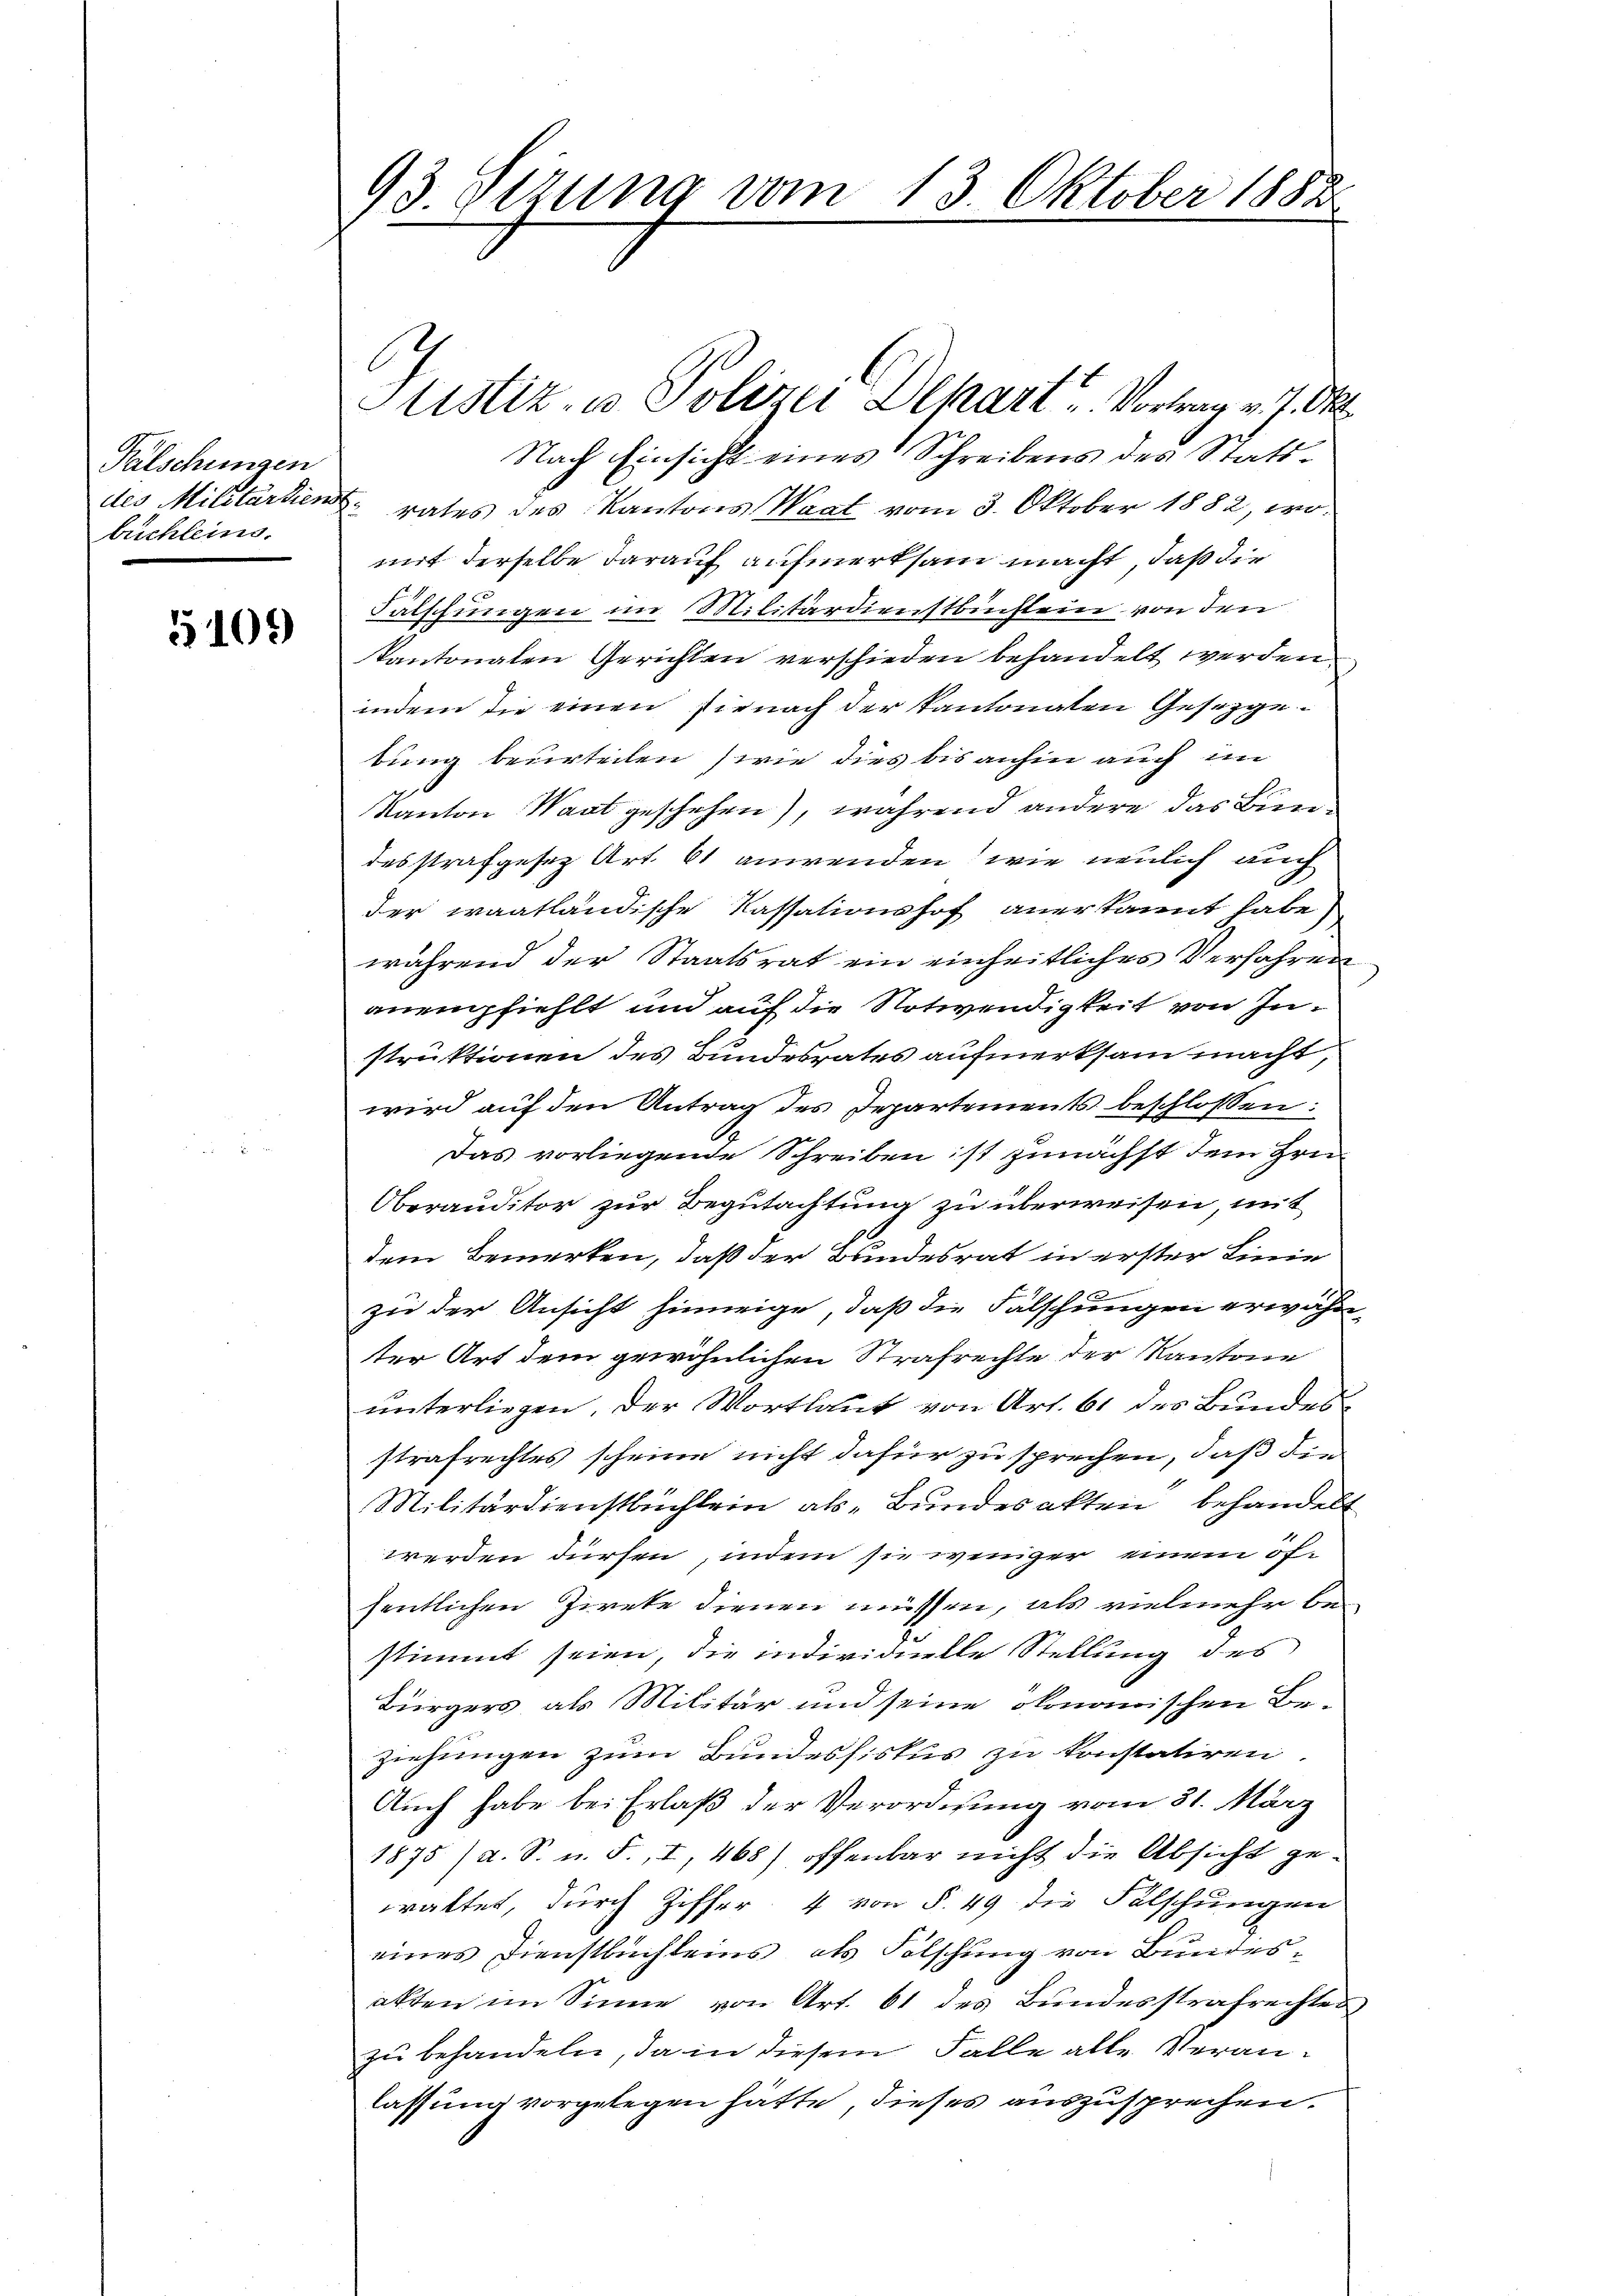
Falschungen
des Militärdiens
buchleins.

5109

93 Jezung vom 13. Oktober 1882

Nach Einsicht eines Schreibens des Statt¬
. rates des Kantons Waat vom 3. Oktober 1882, womit derselbe darauf aufmerksam macht, daß die
Falschungen im Militärdienstbuchlein von den
kantonalen Gerichten verschieden behandelt werden.
indem die einen sienach der Kantonaten Gesetzgebung beurteilen wie dies bis anhin auch im
Kanton Wart geschehen), während andere das Bundesstrafgesetz Art. 61 anwenden, wie neulich auch
der waatländische Kassationshof anerkannt habe
während der Staatsrat ein einheitliches Verfahren
anempfiehlt und auf die Notwendigkeit von Instruktionen des Bundesrates aufmerksam macht,
wird auf den Antrag des Departements beschlossen:
Das vorliegende Schreiben ist zunächst dem Hrn
Oberauditor zur Begutachtung zu überweisen mit
2
dem Bemerken, daß der Bundesrat in erster Linie
zu der Ansicht hinneige, daß die Fälschungen erwähn-
ter Art dem gewöhnlichen Strafrechte der Kantone
unterliegen. Der Wortlaut von Art. 61 des Bundesstrafrechtes scheine nicht dafür zu sprechen, daß die
Militärdienstbüchlein als „Bundesakten behandelt
werden dürfen, indem sie weniger einem ofsentlichen Zieke dienen müssen, als vielmehr bestimmt seien, die individuelle Stellung des
Bürgers, als Militär und seine ökonomischen Be-
ziehungen zum Bundessiskus zu konstatiren.
Auch habe bei Erlaß der Verordnung vom 31. März
1875 /d. S. u. F., I, 468) offenbar nicht die Absicht gewaltet, durch Ziffer, 4 von §. 49 die Falschungen
eines Dienstbuchleins, als Folschung von Bundesakten im Sinne von Art. 61 des Bundesstrafrechtes,
zu behandeln, da in diesem Falle alle Veranlassung vorgelegen hätte, dieses auszusprechen.

Stistiz- u. Polizei Dekart, Vortrag v. 7. Okt.